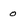
Character: 0